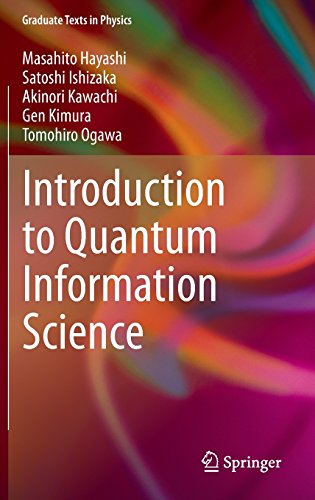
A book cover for Introduction to Quantum Information Science (Graduate Texts in Physics); Masahito Hayashi; Computers & Technology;